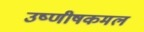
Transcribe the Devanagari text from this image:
उष्णीषकमल